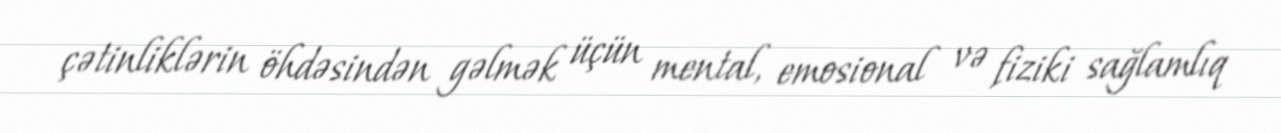
çətinliklərin öhdəsindən gəlmək üçün mental, emosional və fiziki sağlamlıq